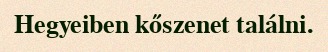
Hegyeiben kőszenet találni.